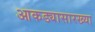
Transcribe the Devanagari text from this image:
आकड्यासारख्या